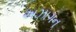
અઝાગન